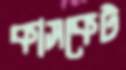
কাসকেট